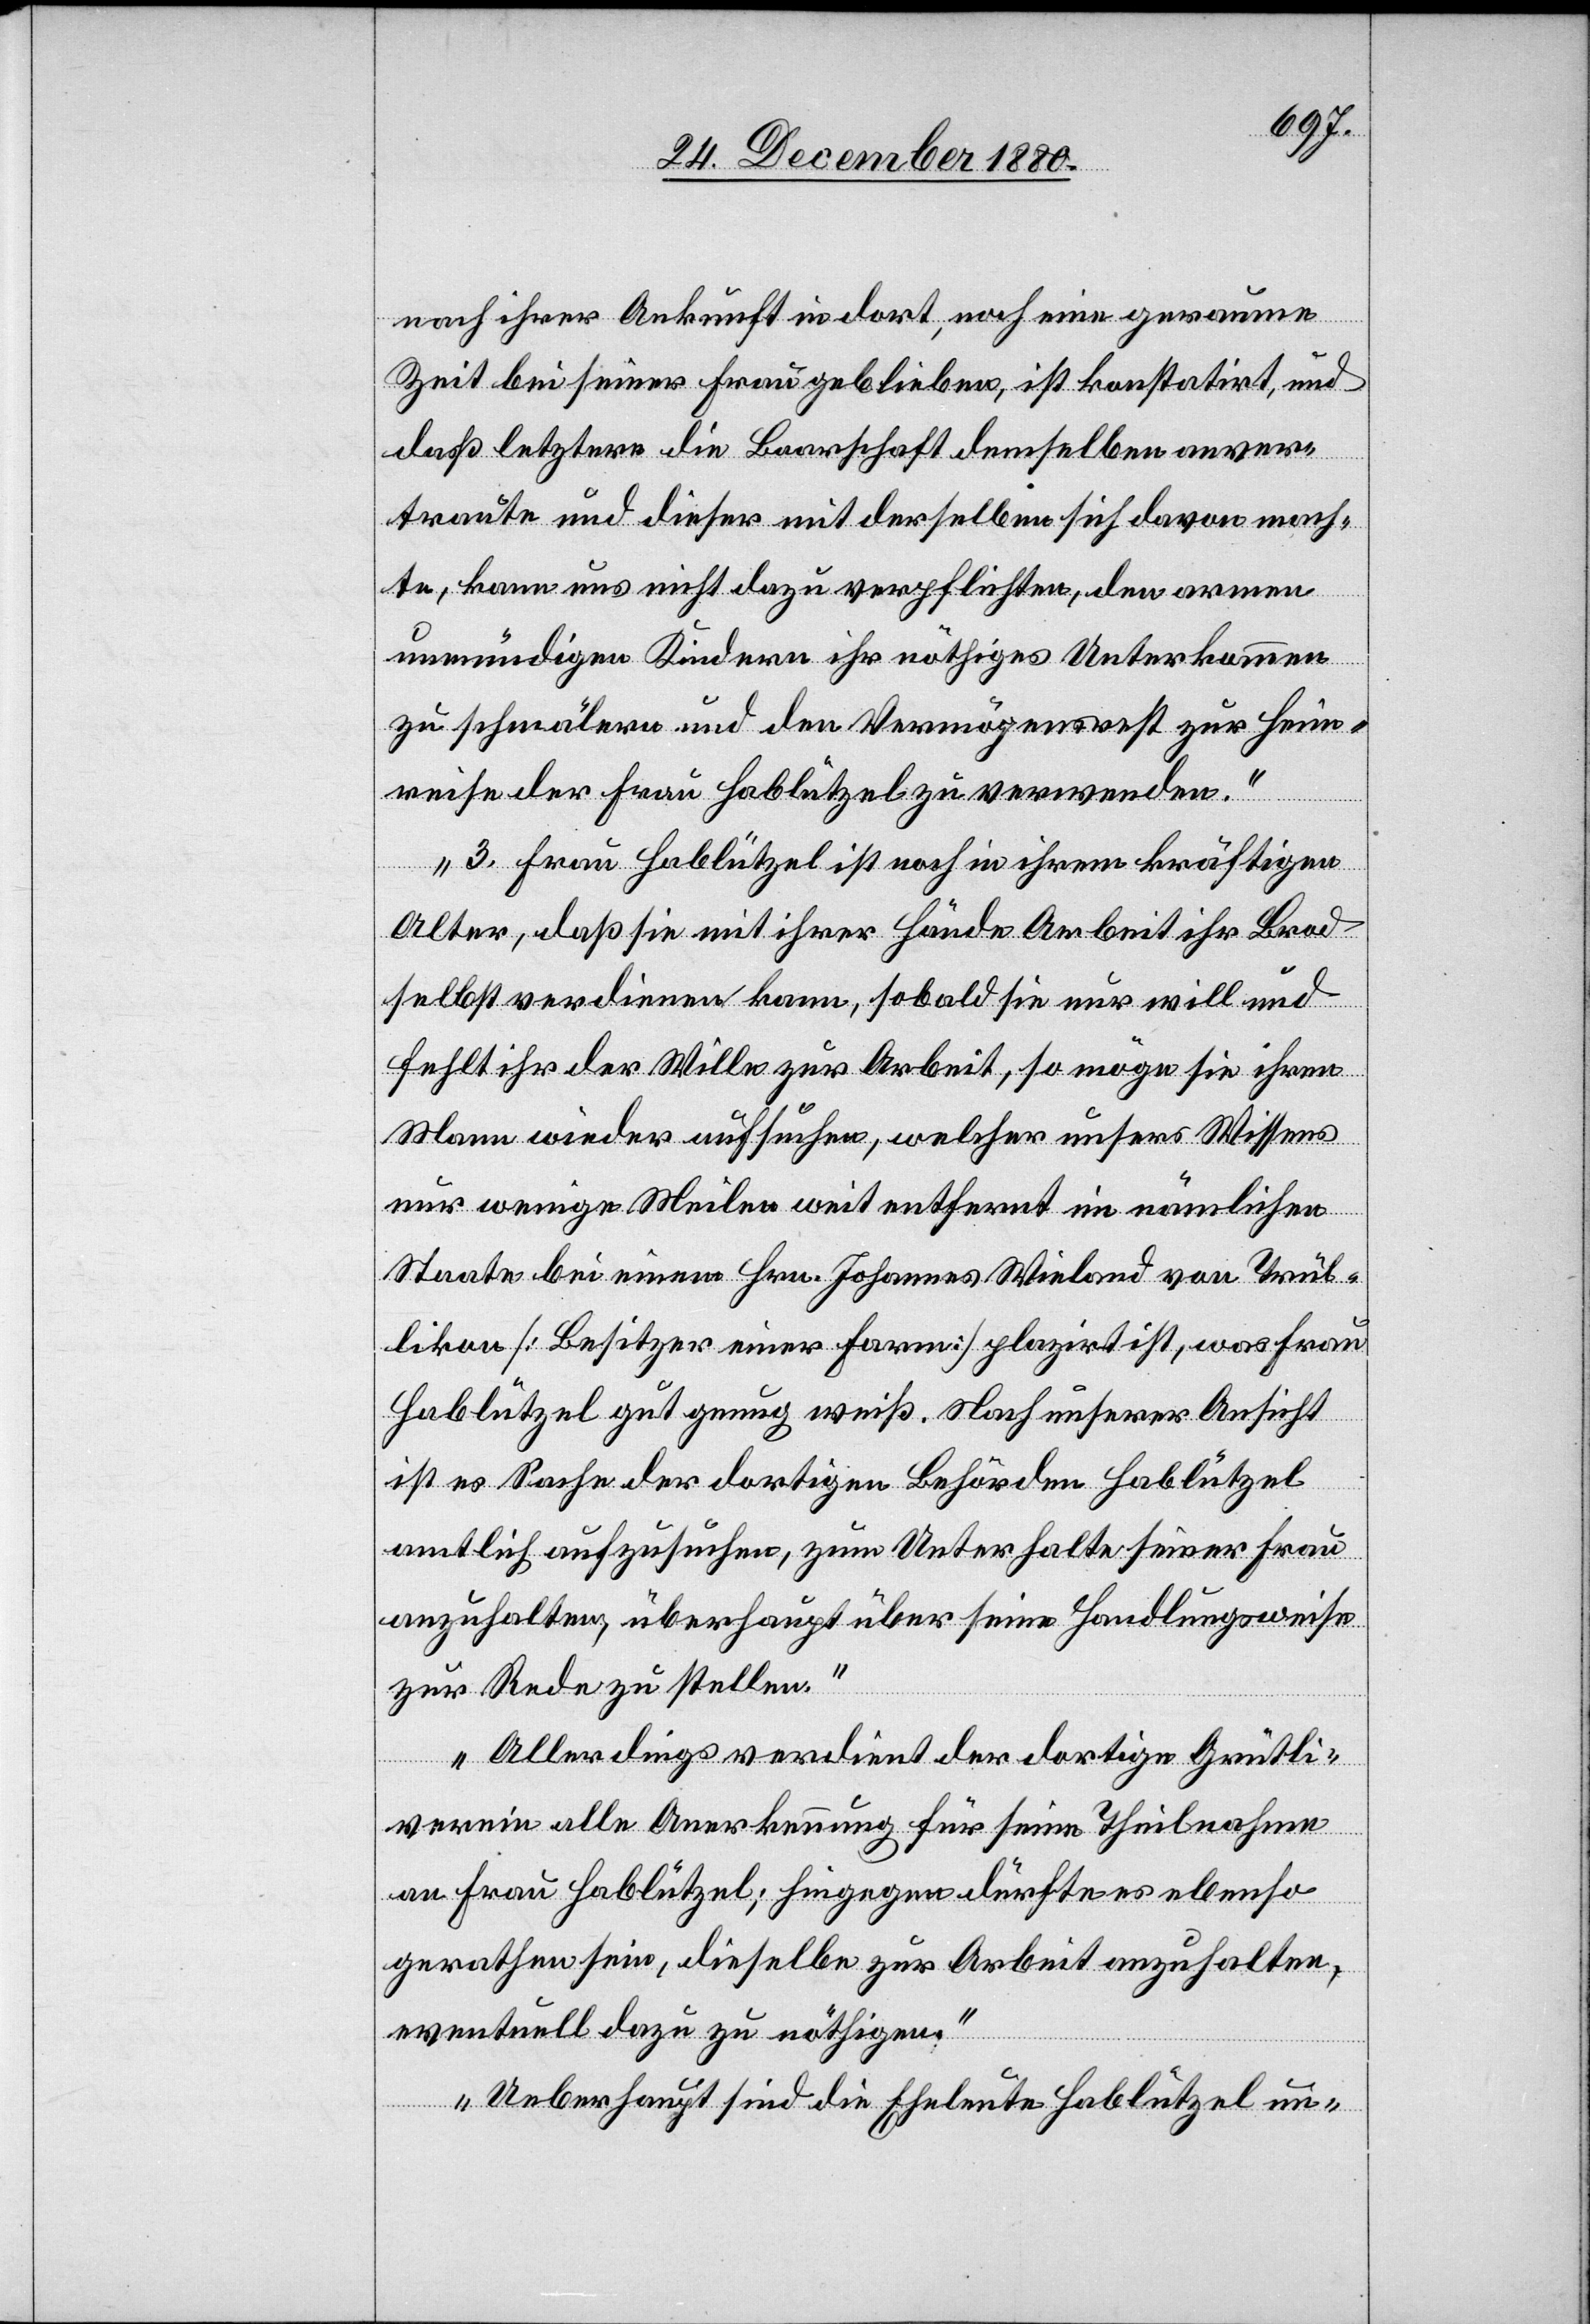
nach ihrer Ankunft in dort, noch eine geraume
Zeit bei seiner Frau geblieben, ist konstatirt, und
daß letztere die Baarschaft demselben anver¬
traute und dieser mit derselben sich davon mach¬
te, kann uns nicht dazu verpflichten, den armen
unmündigen Kindern ihr nöthiges Unterkommen
zu schmälern und den Vermögensrest zur Heim¬
reise der Frau Hablützel verwenden.
3. Frau Hablützel ist noch in ihrem kräftigen
Alter, daß sie mit ihrer Hände Arbeit ihr Brod
selbst verdienen kann, sobald sie nur will und
fehlt ihr der Wille zur Arbeit, so möge sie ihren
Mann wieder aufsuchen, welcher unsers Wissen
nur wenige Meilen weit entfernt im nämlichen
Staate bei einem Hrn. Johannes Wieland von Trül¬
likon [Besitzer einer Farm] plazirt ist, was Frau
Hablützel gut genug weiß. Nach unserer Ansicht
ist es Sache der dortigen Behörden Hablützel
amtlich aufzusuchen, zum Unterhalte seiner Frau
anzuhalten, überhaupt über seine Handlungsweise
zur Rede zu stellen.
Allerdings verdient der dortige Grütli¬
verein alle Anerkennung für seine Theilnahme
an Frau Hablützel; hiegegen dürfte es ebenso
gerathen sein, dieselbe zur Arbeit anzuhalten,
eventuell dazu zu nöthigen.
Ueberhaupt sind die Eheleute Hablützel un-